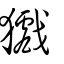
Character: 㺣